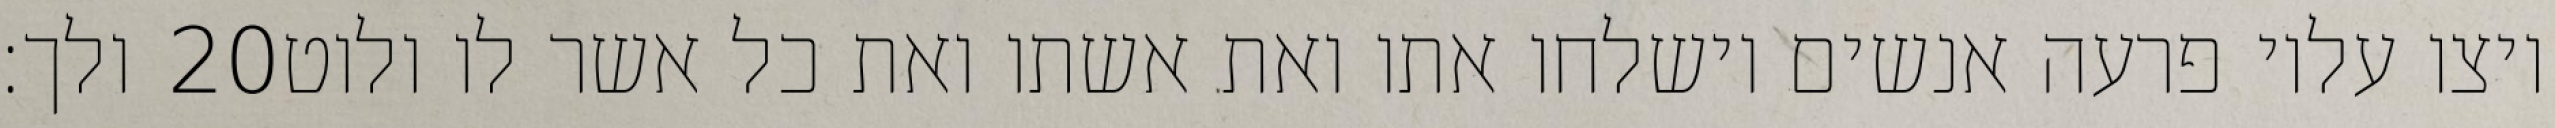
ולך׃ ‎20‏ ויצו עליו פרעה אנשים וישלחו אתו ואת אשתו ואת כל אשר לו ולוט